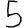
Digit: 5